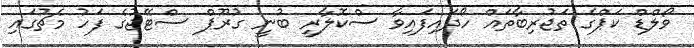
ވޯލްޑް ކަޕްގެ ތަޖުރިބާތައް ހޯދައިފައިވާ ސްކޮލާރީ ބުނީ ގުރޫޕް ސްޓޭޖުގެ ފަހު މެޗުގައި